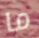
ما